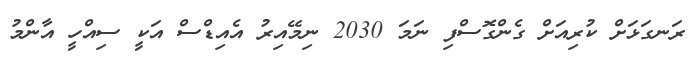
ރަނގަޅަށް ކުރިއަށް ގެންގޮސްފި ނަމަ 2030 ނިމޭއިރު އެއިޑްސް އަކީ ސިއްހީ އާންމު